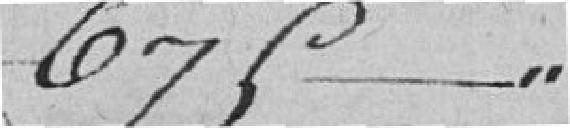
675